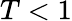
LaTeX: T<1